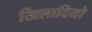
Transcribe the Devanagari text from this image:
खिलादियो